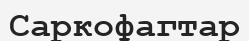
Саркофагтар